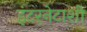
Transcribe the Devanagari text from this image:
इंटरनेटाशी